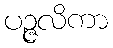
ပဉ္ဇလိကာ